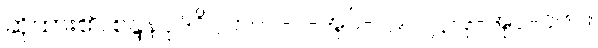
ဆိုထား၏။ စန္ဒနပုဒ်ဝိဂ္ဂဟ၊ ပါ-ပ-အုပ်-၁၉၂၊ ဋ္ဌ-ဒု-အုပ်-၁၆၀။